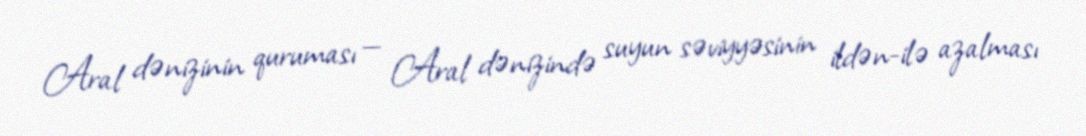
Aral dənizinin quruması — Aral dənizində suyun səviyyəsinin ildən-ilə azalması